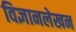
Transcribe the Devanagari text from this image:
विज्ञानलेखन